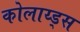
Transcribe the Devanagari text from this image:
कोलाय्ड्स